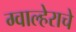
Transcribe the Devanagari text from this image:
ग्वाल्हेराचे